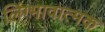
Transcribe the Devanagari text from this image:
लिंग्भावात्मक